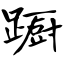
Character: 蹰